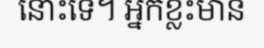
នោះទេ។ អ្នកខ្លះមាន